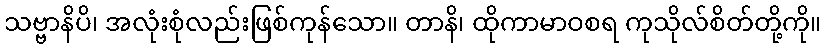
သဗ္ဗာနိပိ၊ အလုံးစုံလည်းဖြစ်ကုန်သော။ တာနိ၊ ထိုကာမာဝစရ ကုသိုလ်စိတ်တို့ကို။